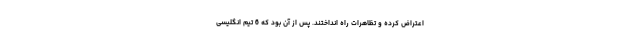
اعتراض کرده و تظاهرات راه انداختند. پس از آن بود که 6 تیم انگلیسی